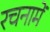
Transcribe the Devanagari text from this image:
रचनामें